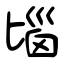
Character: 匘